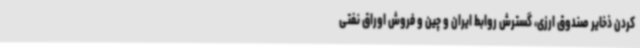
کردن ذخایر صندوق ارزی، گسترش روابط ایران و چین و فروش اوراق نفتی